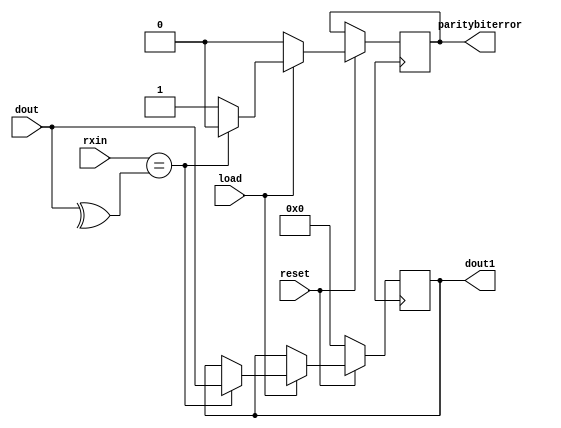
module parity_checker(paritybiterror,load,dout,dout1,rxin,reset);
input load,rxin,reset;
input [7:0]dout; //output from SIPO
reg[7:0]a;
wire [7:0]b;//becasue the 8th bit of data xor with the 10th bit
output reg paritybiterror;
output [7:0]dout1; //output from the paritychecker
assign b=dout;
always@(posedge clk)
begin
if (!reset)
a<=8'h00;
else if (load)
begin
if (rxin==(^b)) //here the 8th bit is xored with the 10th bit//assuming//check
begin
a<=dout;
paritybiterror<=0;
end
else
begin
paritybiterror<=1;
a<=a;
end
end
else
begin
paritybiterror<=0;
a<=a;
end
end
assign dout1=a;
endmodule